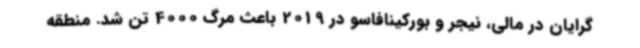
گرایان در مالی، نیجر و بورکینافاسو در 2019 باعث مرگ 4000 تن شد. منطقه